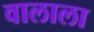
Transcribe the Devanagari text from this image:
वालाला